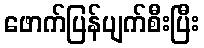
ဖောက်ပြန်ပျက်စီးပြီး